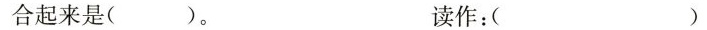
合起来是( )。 读作：( )